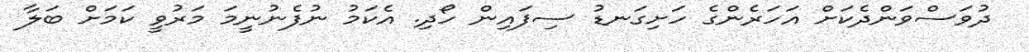
ދުވަސްވަންދެކަށް އަހަރެންގެ ހަށިގަނޑު ސިފައިން ހޯދި. އެކަމު ނުފެނުނީމަ މަރުވީ ކަމަށް ބަލާ